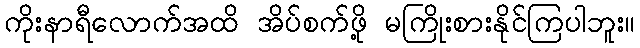
ကိုးနာရီလောက်အထိ အိပ်စက်ဖို့ မကြိုးစားနိုင်ကြပါဘူး။